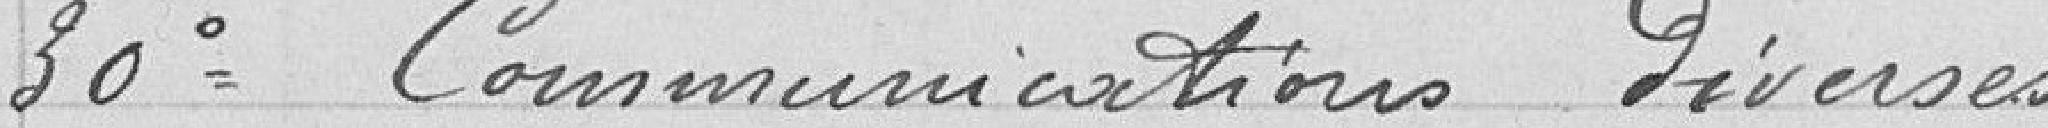
30° Communications diverses.